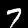
Digit: 7